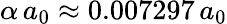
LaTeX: \alpha\, a_{0}\approx 0.007297\, a_{0}